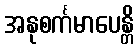
အနုစင်္ကမာပေန္တိ